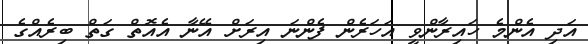
އަދި އެންމެ ހައިރާންވީ އަހަރެން ފެންނަ އިރަށް އޭނާ އެއޮތް ގަތް ބިރެއްގެ